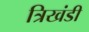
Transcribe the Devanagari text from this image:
त्रिखंडी